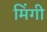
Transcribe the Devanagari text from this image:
मिंगी